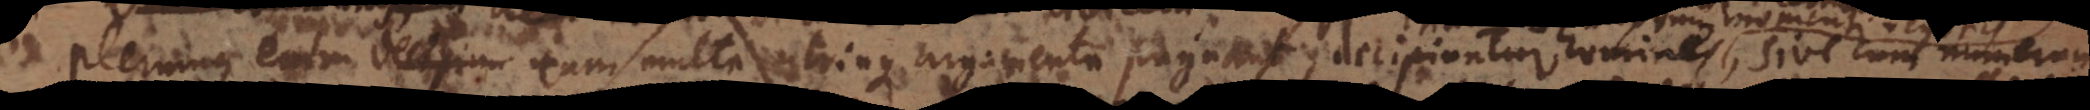
tur plerumque enim decipiun cum multa utrinque argumenta pugnant, decipiuntur homines, sive cum numerum